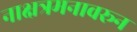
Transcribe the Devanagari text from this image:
नाक्षत्रमनावरून